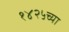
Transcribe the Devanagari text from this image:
१४२५च्या